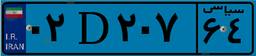
۱۵D۸۰۷۰۶